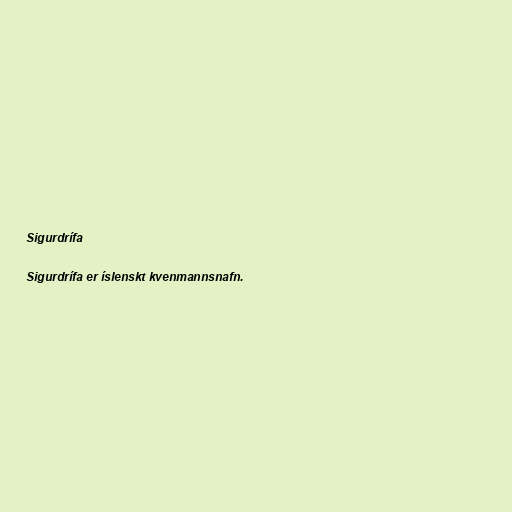
Sigurdrífa

Sigurdrífa er íslenskt kvenmannsnafn.